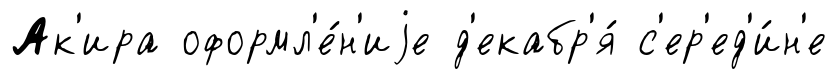
Ак'ира оформл'е́н'иjе д'екабр'я́ с'ер'ед'и́н'е